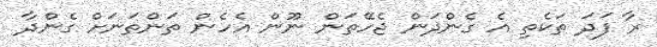
ރާ ފަދަ ތަކެތި އެ ގެންދަން ޖެހޭތަން ނޫން އެހެން ތަންތަނަށް ގެންދާ